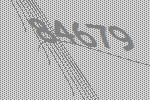
84679